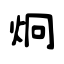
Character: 炯